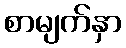
စာမျက်နှာ